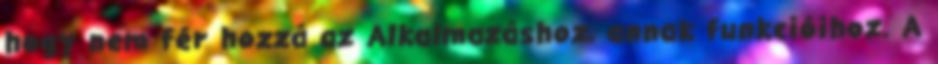
hogy nem fér hozzá az Alkalmazáshoz, annak funkcióihoz. A